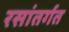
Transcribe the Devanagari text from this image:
रसांतर्गत